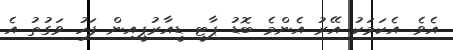
އެވެ. އެކަމަކު އޭރު އެންމެ ބޮޑު ޕާޓީ ޑީއާރުޕީއިން ފަހު ވަގުތު އެ